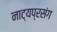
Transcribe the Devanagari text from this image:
नाट्यप्रसंग